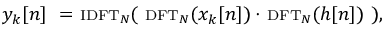
y _ { k } [ n ] \ = \ \scriptstyle { \mathrm { I D F T } } _ { N } \displaystyle ( \ \scriptstyle { \mathrm { D F T } } _ { N } \displaystyle ( x _ { k } [ n ] ) \cdot \ \scriptstyle { \mathrm { D F T } } _ { N } \displaystyle ( h [ n ] ) \ ) ,